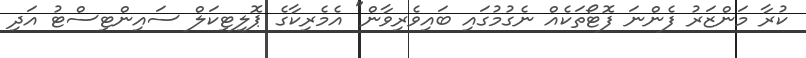
ކުރާ މަންޒަރު ފެންނަ ފޮޓޯތަކެއް ނެގުމުގައި ބައިވެރިވާން" އެމެރިކާގެ ޕޮލިޓިކަލް ސައިންޓިސްޓު އަދި